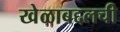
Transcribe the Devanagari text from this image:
खेळाबद्दलची